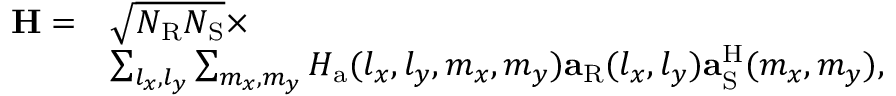
\begin{array} { r l } { \mathbf { H } = } & { \sqrt { N _ { \mathrm { R } } N _ { \mathrm { S } } } \times } \\ & { \sum _ { l _ { x } , l _ { y } } \sum _ { m _ { x } , m _ { y } } H _ { \mathrm { a } } ( l _ { x } , l _ { y } , m _ { x } , m _ { y } ) \mathbf { a } _ { \mathrm { R } } ( l _ { x } , l _ { y } ) \mathbf { a } _ { \mathrm { S } } ^ { \mathrm { H } } ( m _ { x } , m _ { y } ) , } \end{array}